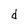
Character: d